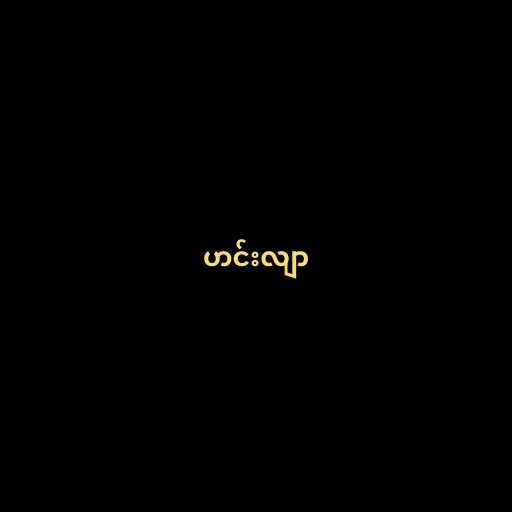
ဟင်းလျာ